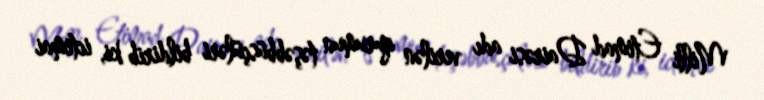
Milli Etimad Dairəsi adı verilən qurumun təşəbbüsçüləri bildirib ki, ictimai